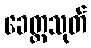
ခေတ္တသုတ်